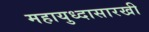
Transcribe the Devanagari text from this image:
महायुध्दासारखी